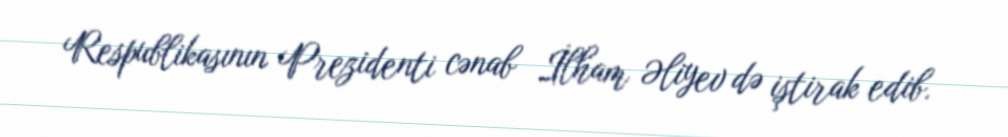
Respublikasının Prezidenti cənab İlham Əliyev də iştirak edib.